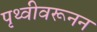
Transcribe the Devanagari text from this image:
पृथ्वीवरूनन